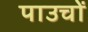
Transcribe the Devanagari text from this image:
पाउचों